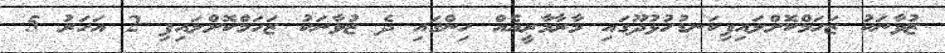
ޒުވާނަކު ޒަހަމްކޮށްލައިފިކަނޑުހުޅުދޫގައި މާރާމާރީއެއް ހިންގައި ދެ ޒުވާނަކު ޒަހަމްކޮށްލައިފި 2 އަހަރު 5